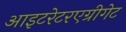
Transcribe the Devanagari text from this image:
आइटरेटरएग्रीगेट